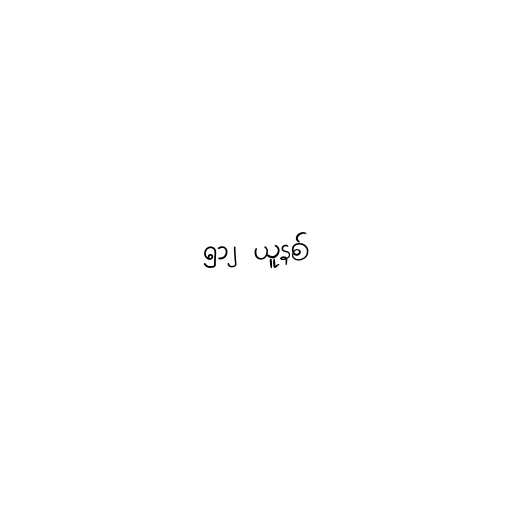
၅၁၂ ယူနစ်